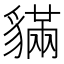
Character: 䝡